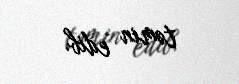
təmin edib.